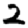
Digit: 2